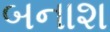
બનાશ